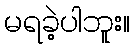
မရခဲ့ပါဘူး။